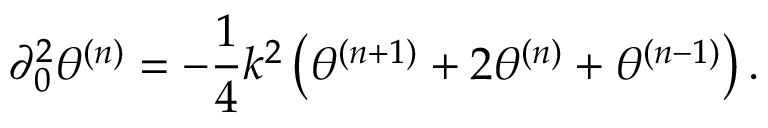
\partial _ { 0 } ^ { 2 } { \theta } ^ { ( n ) } = - \frac { 1 } { 4 } k ^ { 2 } \left( \theta ^ { ( n + 1 ) } + 2 \theta ^ { ( n ) } + \theta ^ { ( n - 1 ) } \right) .